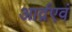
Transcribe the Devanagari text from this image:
आर्द्रएवं